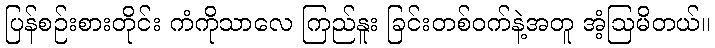
ပြန်စဉ်းစားတိုင်း ကံကိုသာလေ ကြည်နူး ခြင်းတစ်ဝက်နဲ့အတူ အံ့ဩမိတယ်။